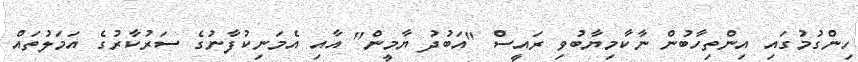
ހިންގުމުގައި އިންތިހާބުން ނާކާމިޔާބުވި ރައީސް "އަބުދު ޔާމީން" އާއި އެމަނިކުފާނުގެ ސަރުކާރުގެ އަމަލުތައް